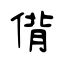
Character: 偝